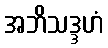
အဘိသဒ္ဒဟံ